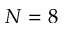
N = 8